Scottish Leaving Certificate Examination, 1960
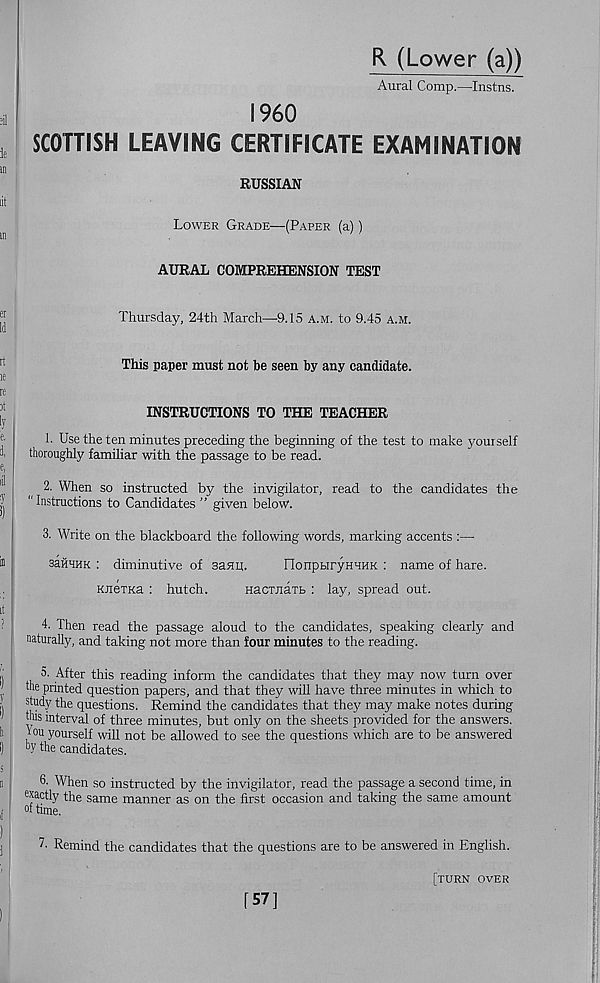
R (Lower (a))
Aural Comp.—Instns.
I960
SCOTTISH LEAVING CERTIFICATE EXAMINATION
RUSSIAN
Lower Grade—(Paper (a))
AURAL COMPREHENSION TEST
Thursday, 24th March—9.15 a.m. to 9.45 a.m.
This paper must not be seen by any candidate.
INSTRUCTIONS TO THE TEACHER
1. Use the ten minutes preceding the beginning of the test to make yourself
thoroughly familiar with the passage to be read.
2. When so instructed by the invigilator, read to the candidates the
"Instructions to Candidates ” given below.
3. Write on the blackboard the following words, marking accents :—
aaimK : diminutive of sanp.
IlonpHryHHHK : name of hare.
KjiexKa : hutch.
Hacuiaifc : lay, spread out.
4. Then read the passage aloud to the candidates, speaking clearly and
naturally, and taking not more than four minutes to the reading.
After this reading inform the candidates that they may now turn over
the printed question papers, and that they will have three minutes in which to
study the questions. Remind the candidates that they may make notes during
this interval of three minutes, but only on the sheets provided for the answers,
fou yourself will not be allowed to see the questions which are to be answered
b y the candidates.
6. When so instructed by the invigilator, read the passage a second time, in
exactly the same manner as on the first occasion and taking the same amount
of time.
7. Remind the candidates that the questions are to be answered in English.
[turn over
[57]